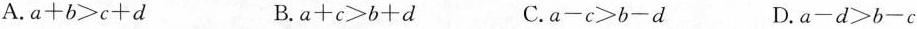
A.a+b≥c+d B.a+c≥b+d C.a-c>b-d D.a-d b-c